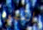
القهوه